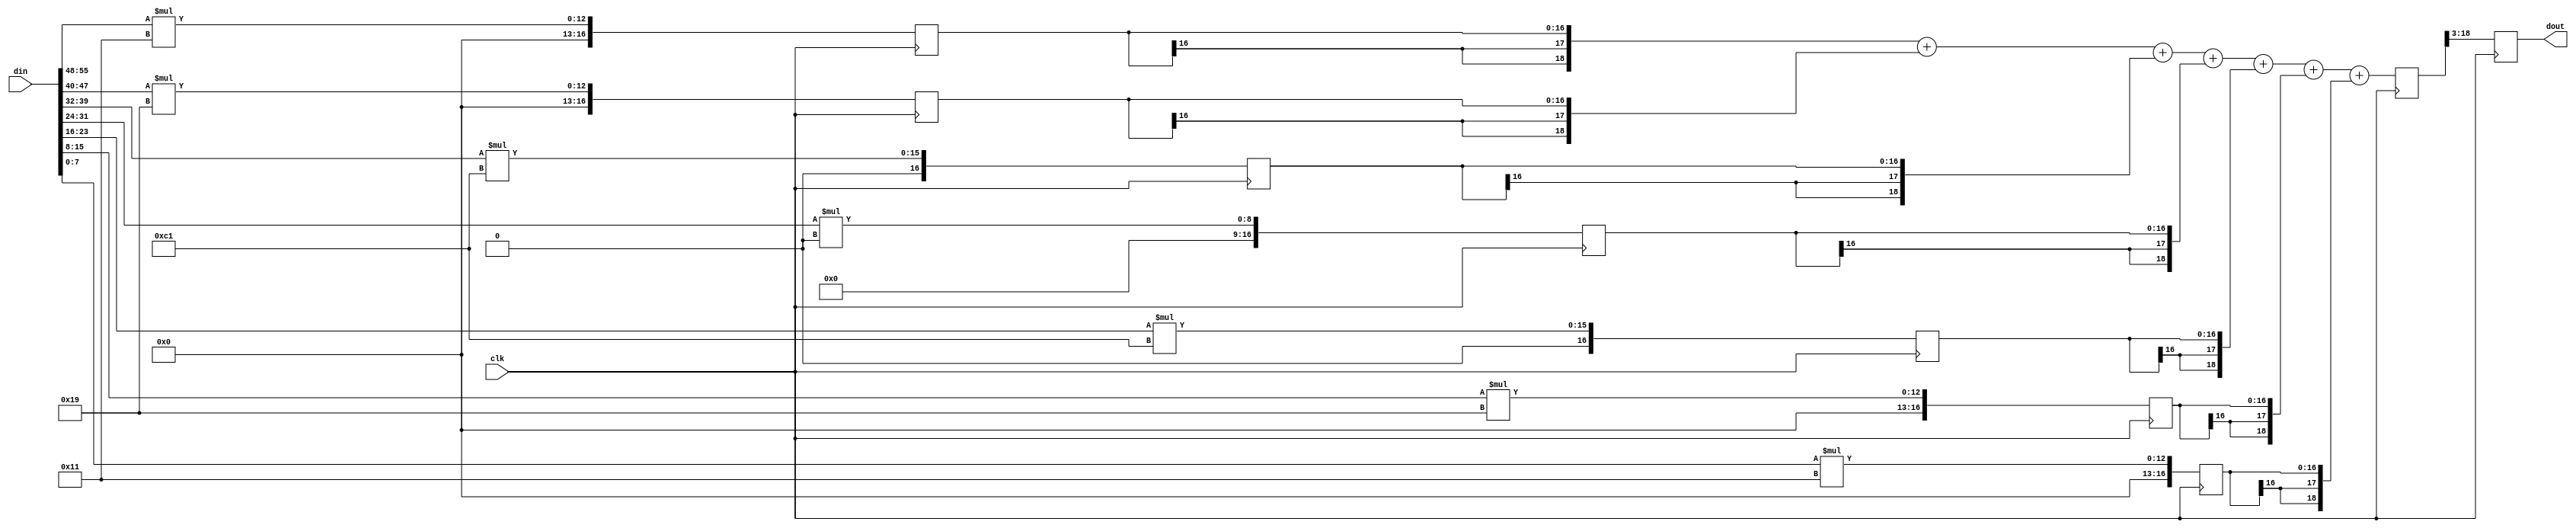
module fltr_compute_h1 (clk, din, dout);
    input clk; 
    input[55:0] din; 
    output[15:0] dout; 
    reg[15:0] dout;
    reg[16:0] q1; 
    reg[16:0] q2; 
    reg[16:0] q3; 
    reg[16:0] q4; 
    reg[16:0] q5; 
    reg[16:0] q6; 
    reg[16:0] q7; 
    reg[19:0] d_out_tmp; 
    always @(posedge clk)
    begin
			q1 <= din[55:48] * 5'b10001;
			q2 <= din[47:40] * 5'b11001;
			q3 <= din[39:32] * 8'b11000001;
			q4 <= din[31:24] * 16'b0000000000000000;
			q5 <= din[23:16] * 8'b11000001;
			q6 <= din[15:8] * 5'b11001;
			q7 <= din[7:0] * 5'b10001;
          d_out_tmp <= ({q1[16], q1[16], q1[16], q1}) + ({q2[16], q2[16], q2[16], q2}) + ({q3[16], q3[16], q3[16], q3}) + ({q4[16], q4[16], q4[16], q4}) + ({q5[16], q5[16], q5[16], q5}) + ({q6[16], q6[16], q6[16], q6}) + ({q7[16], q7[16], q7[16], q7});
          dout <= d_out_tmp[18:3] ; 
    end 
 endmodule